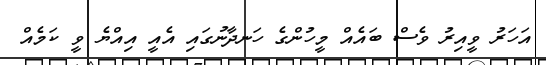
އަހަރު ވީއިރު ވެސް ބައެއް މީހުންގެ ހަނދާނުގައި އެއީ އިއްޔެ ވީ ކަމެއް